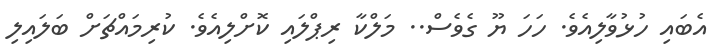
އެބައި ހުޅުވާލިއެވެ. ހަހަ ޔޫ ގެވެސް.. މަލްކާ ރިޕްލައި ކޮށްލިއެވެ. ކުރިމައްޗަށް ބަލައިލި